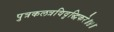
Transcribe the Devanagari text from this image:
पुत्रकलत्रविवृद्धिकरे॥४॥